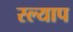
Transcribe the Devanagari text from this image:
स्ल्याप